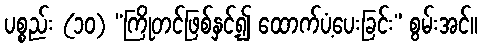
ပစ္စည်း (၁၀) “ကြိုတင်ဖြစ်နှင့်၍ ထောက်ပံ့ပေးခြင်း” စွမ်းအင်။